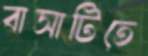
বাসাটিতে